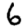
Digit: 6